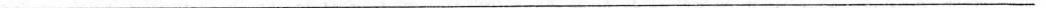
____________________________________